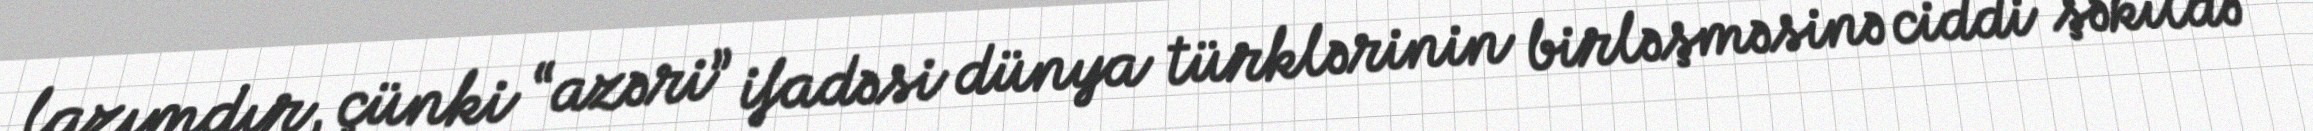
lazımdır, çünki “azəri” ifadəsi dünya türklərinin birləşməsinə ciddi şəkildə